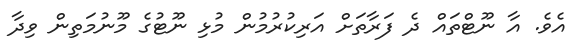
އެވެ. އާ ނޫޓްތައް ދެ ފަރާތަށް އަރިކުރުމުން މުޅި ނޫޓުގެ މޫނުމަތިން ވިދާ